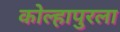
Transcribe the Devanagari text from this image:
कोल्हापुरला